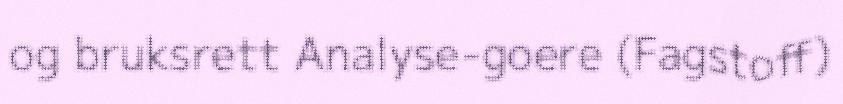
og bruksrett Analyse-goere (Fagstoff)